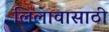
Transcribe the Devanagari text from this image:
लिलावासाठी